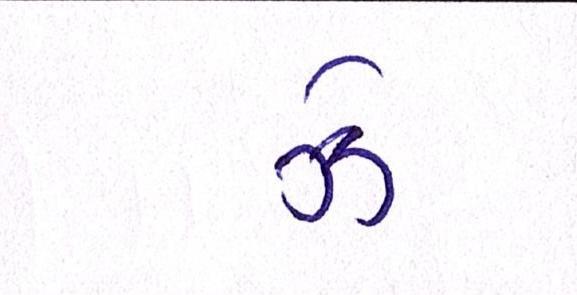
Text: ઝેૄ